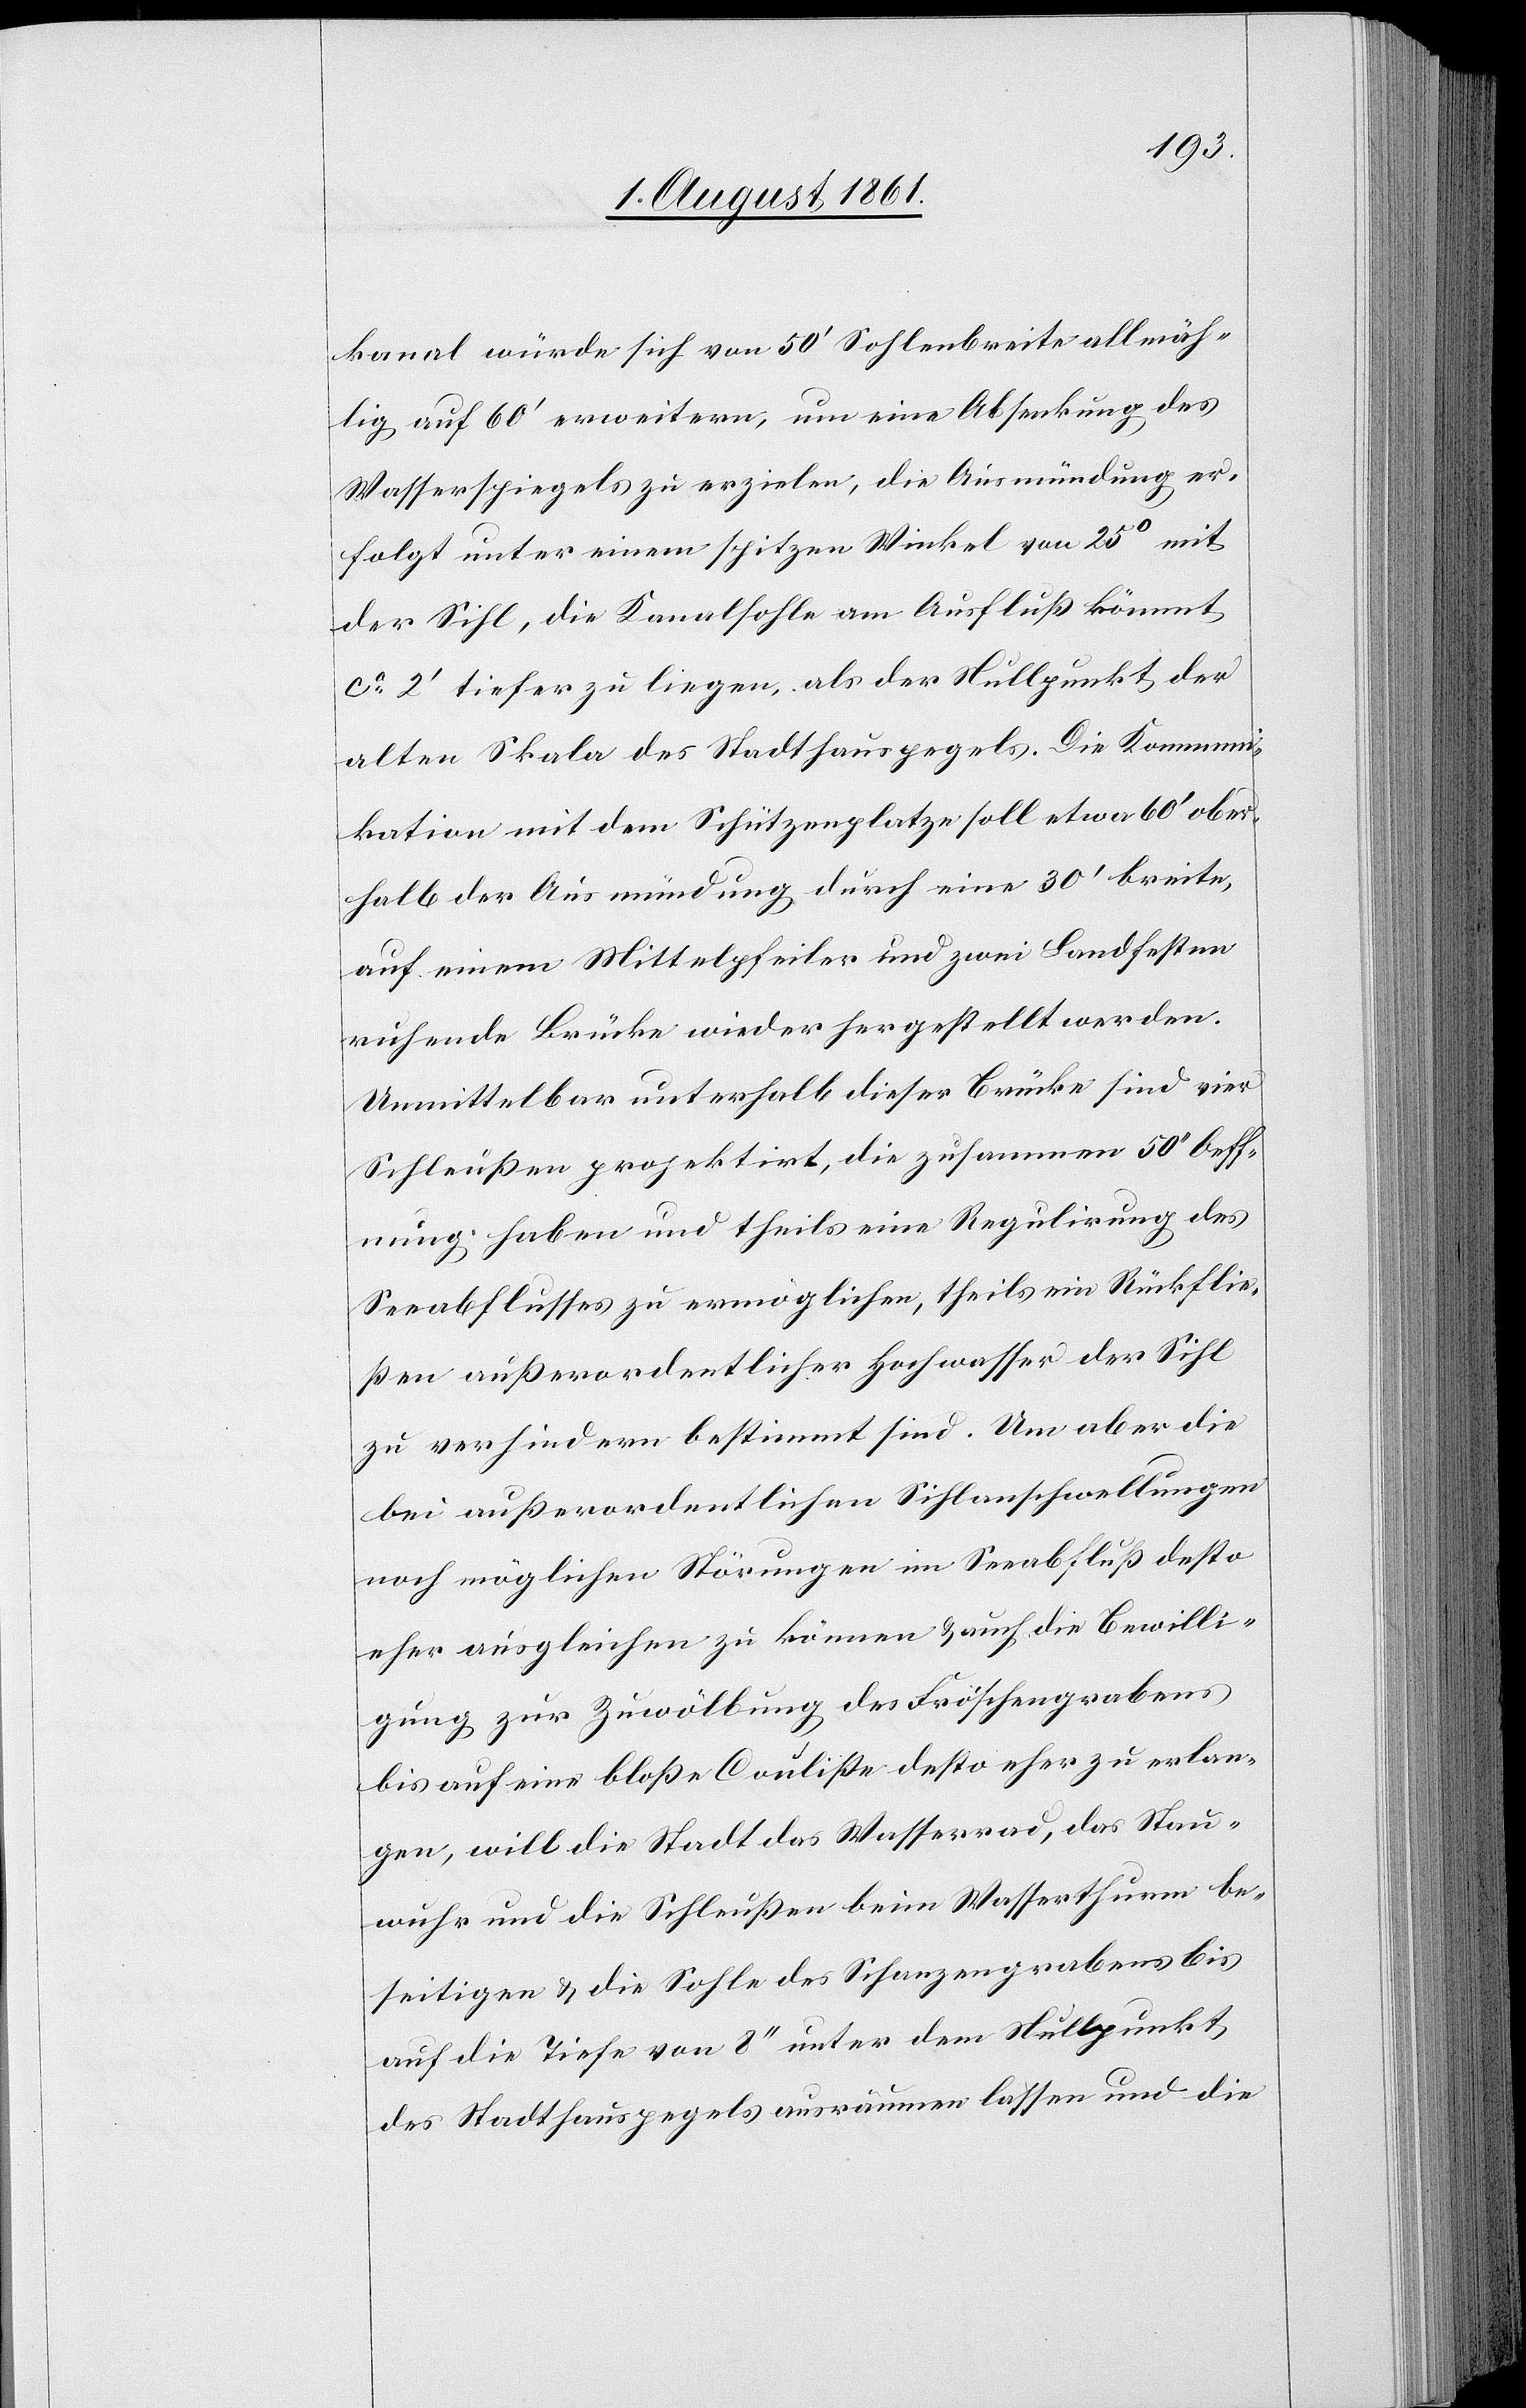
kanal würde sich von 50’ Sohlenbreite allmäh¬
lig auf 60’ erweitern, um eine Absenkung des
Wasserspiegels zu erzielen, die Ausmündung er¬
folgt unter einem spitzen Winkel von 25o mit
der Sihl, die Kanalsohle am Ausfluß kömmt
ca 2’ tiefer zu liegen, als der Nullpunkt der
alten Skala des Stadthauspegels. Die Kommuni¬
kation mit dem Schützenplatze soll etwa 60’ ober¬
halb der Ausmündung durch eine 30’ breite,
auf einem Mittelpfeiler und zwei Landfesten
ruhende Brücke wieder hergestellt werden.
Unmittelbar unterhalb dieser Brücke sind vier
Schleußen projektirt, die zusammen 50’ Oeff¬
nungen haben und theils eine Regulirung des
Seeabflusses zu ermöglichen, theils ein Rückflie¬
ßen außerordentlicher Hochwasser der Sihl
zu verhindern bestimmt sind. Um aber die
bei außerordentlichen Sihlschwellungen
noch möglichen Störungen im Seeabfluß desto
eher ausgleichen zu können u. auch die Bewilli¬
gung zur Zuwölbung des Fröschengrabens
bis auf eine bloße Couliße desto eher zu erlan¬
gen, will die Stadt das Wasserrad, das Stau¬
wuhr und die Schleußen beim Wasserthurm be¬
seitigen u. die Sohle des Schanzengrabens bis
auf die Tiefe von 8’’ unter den Nullpunkt,
des Stadthauspegels ausräumen lassen und die